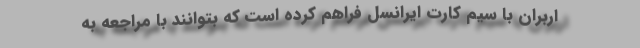
اربران با سیم کارت ایرانسل فراهم کرده است که بتوانند با مراجعه به